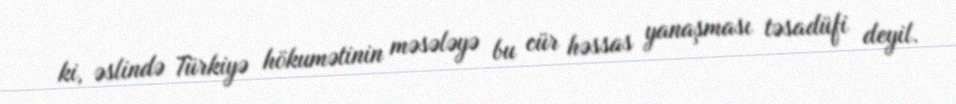
ki, əslində Türkiyə hökumətinin məsələyə bu cür həssas yanaşması təsadüfi deyil.